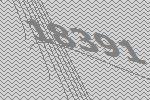
18391